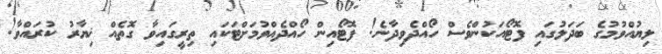
ލިޔުއްވުމުގެ ބަދަލުގައި ފޮޓޯއަކުންވެސް ހޯއްދެވިދާނެ! ފޮޓޯއިން ހޯއްދެއްވުމަށްޓަކައި ތިރީގައިވާ ގޮތެއް ޚިޔާރު ކުރައްވާ!